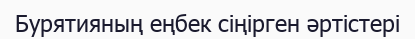
Бурятияның еңбек сіңірген әртістері